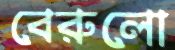
বেরুলো